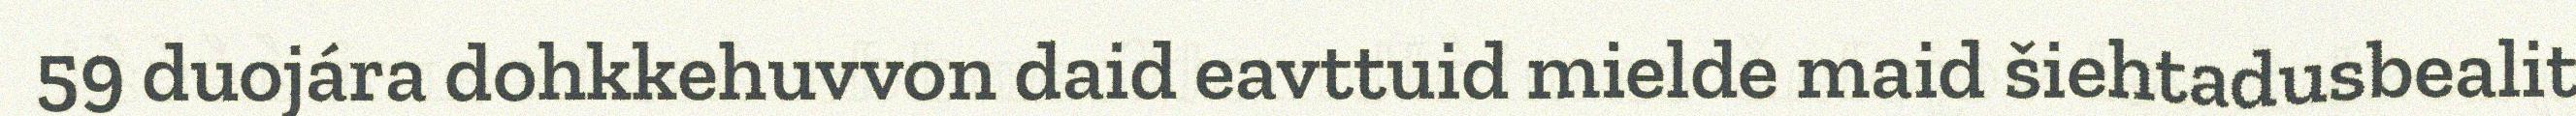
59 duojára dohkkehuvvon daid eavttuid mielde maid šiehtadusbealit